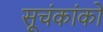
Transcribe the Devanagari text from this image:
सूचंकांकों